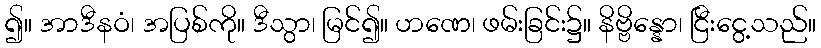
၍။ အာဒီနဝံ၊ အပြစ်ကို။ ဒီသွာ၊ မြင်၍။ ဟဏေ၊ ဖမ်းခြင်း၌။ နိဗ္ဗိန္နော၊ ငြီးငွေ့သည်။